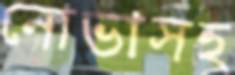
নোভাসহ